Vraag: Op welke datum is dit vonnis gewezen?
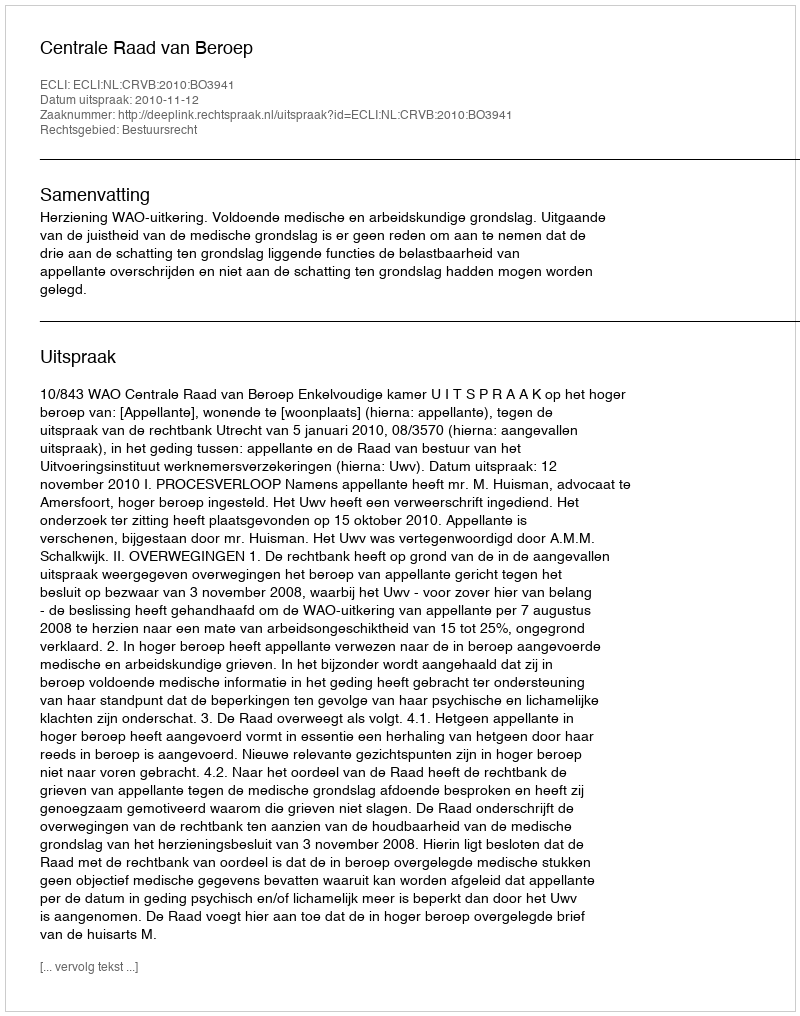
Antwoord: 2010-11-12